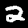
Label: 2